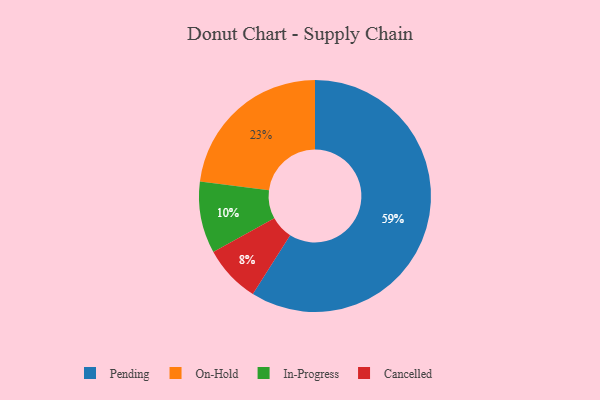
{"axis": {"x": "Category", "y": "Percentage"}, "legend": ["Cancelled", "In-Progress", "On-Hold", "Pending"], "data": [{"x": "On-Hold", "y": 23, "type": "On-Hold"}, {"x": "Pending", "y": 59, "type": "Pending"}, {"x": "Cancelled", "y": 8, "type": "Cancelled"}, {"x": "In-Progress", "y": 10, "type": "In-Progress"}]}